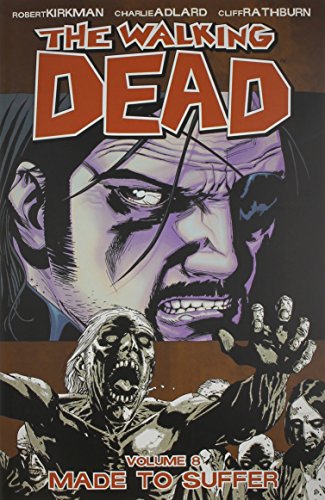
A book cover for The Walking Dead, Vol. 8: Made to Suffer; Robert Kirkman; Comics & Graphic Novels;